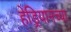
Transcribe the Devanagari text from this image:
हेड्रियानच्या